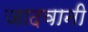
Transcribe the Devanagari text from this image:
जादवानी